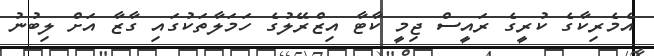
އެމެރިކާގެ ކުރީގެ ރައީސް ޖިމީ ކާޓާ އިޒްރޭލުގެ ހަމަލާތަކުގައި ގާޒާ އަށް ލިބުނު